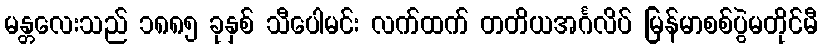
မန္တလေးသည် ၁၈၈၅ ခုနှစ် သီပေါမင်း လက်ထက် တတိယအင်္ဂလိပ် မြန်မာစစ်ပွဲမတိုင်မီ